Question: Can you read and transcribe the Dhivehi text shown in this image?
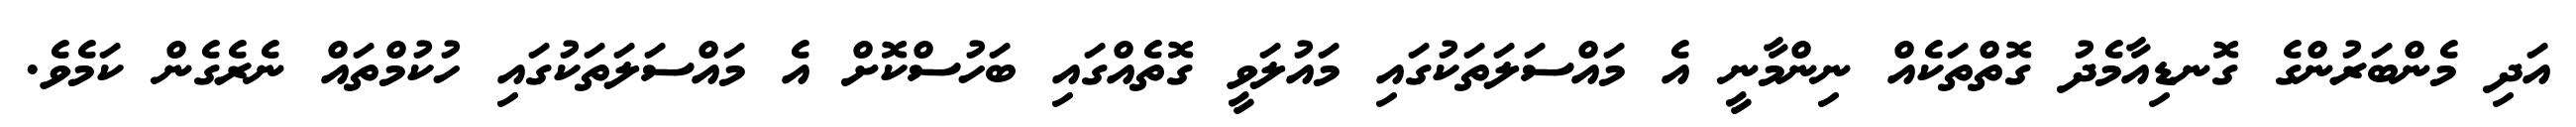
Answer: އަދި މެންބަރުންގެ ގޮނޑިއާމެދު ގޮތްތަކެއް ނިންމާނީ އެ މައްސަލަތަކުގައި މައުލަވީ ގޮތެއްގައި ބަހުސްކޮށް އެ މައްސަލަތަކުގައި ހުކުމްތައް ނެރެގެން ކަމެވެ.